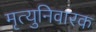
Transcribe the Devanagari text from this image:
मृत्युनिवारक